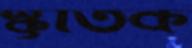
স্কৃতিক